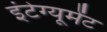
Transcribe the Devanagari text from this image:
इंटेग्यूमेंट